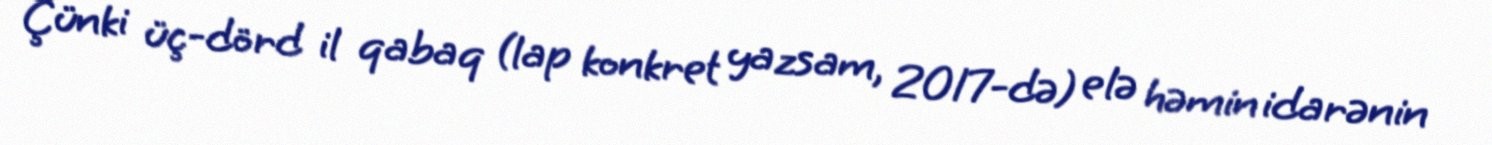
Çünki üç-dörd il qabaq (lap konkret yazsam, 2017-də) elə həmin idarənin